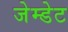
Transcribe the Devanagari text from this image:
जेम्डेट